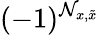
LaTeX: (-1)^{\mathcal{N}_{x,\tilde{x}}}